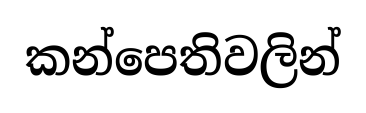
කන්පෙතිවලින්